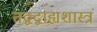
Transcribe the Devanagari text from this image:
तद्वद्बाह्यशास्त्रं